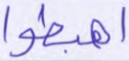
اهبطوا